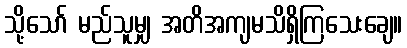
သို့သော် မည်သူမျှ အတိအကျမသိရှိကြသေးချေ။